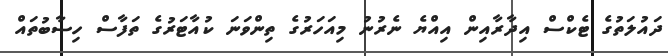
ދައުލަތުގެ ޓެކްސް އިދާރާއިން އިއްޔެ ނެރުނު މިއަހަރުގެ ތިންވަނަ ކުއާޓަރުގެ ތަފާސް ހިސާބުތައް